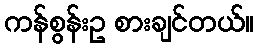
ကန်စွန်းဥ စားချင်တယ်။